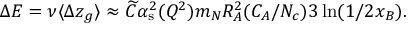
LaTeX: \Delta E = \nu \langle \Delta z _ { g } \rangle \approx \widetilde { C } \alpha _ { \mathrm { s } } ^ { 2 } ( Q ^ { 2 } ) m _ { N } R _ { A } ^ { 2 } ( C _ { A } / N _ { c } ) 3 \ln ( 1 / 2 x _ { B } ) .